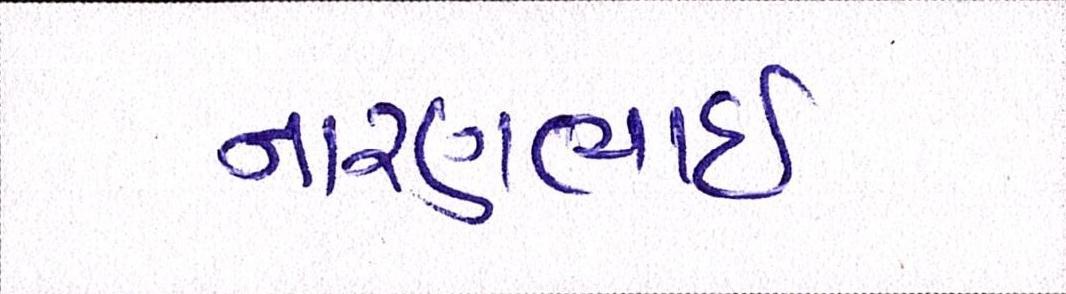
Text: નારણભાઈ